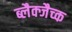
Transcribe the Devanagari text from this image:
ब्लैक्जैच्क